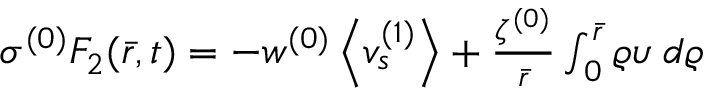
\begin{array} { r } { \sigma ^ { ( 0 ) } F _ { 2 } ( \bar { r } , t ) = - w ^ { ( 0 ) } \left< v _ { s } ^ { ( 1 ) } \right> + \frac { \zeta ^ { ( 0 ) } } { \bar { r } } \int _ { 0 } ^ { \bar { r } } \varrho \upsilon \; d \varrho } \end{array}